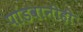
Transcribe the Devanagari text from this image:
पांडवानीही